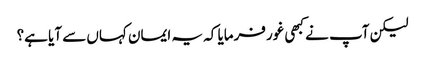
لیکن آپ نے کبھی غور فرمایا کہ یہ ایمان کہاں سے آیا ہے؟